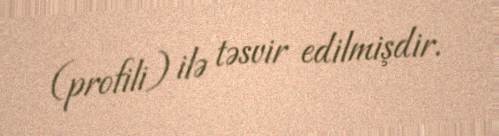
(profili) ilə təsvir edilmişdir.